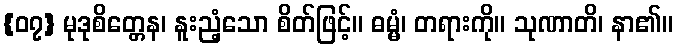
{၀၇} မုဒုစိတ္တေန၊ နူးညံ့သော စိတ်ဖြင့်။ ဓမ္မံ၊ တရားကို။ သုဏာတိ၊ နာ၏။